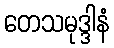
တေသမုဒ္ဒါနံ